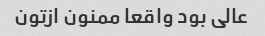
عالی بود واقعا ممنون ازتون